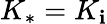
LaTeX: K_{*}=K_{\mathbf{i}}